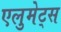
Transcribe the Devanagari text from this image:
एलुमेट्स